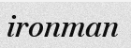
ironman